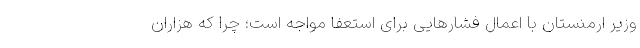
وزیر ارمنستان با اعمال فشارهایی برای استعفا مواجه است؛ چرا که هزاران